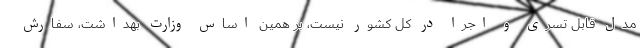
مدل قابل تسری و اجرا در کل کشور نیست، بر همین اساس وزارت بهداشت، سفارش